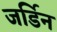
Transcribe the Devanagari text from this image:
जर्डिन